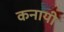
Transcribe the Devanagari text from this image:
कनायी